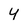
Character: Y